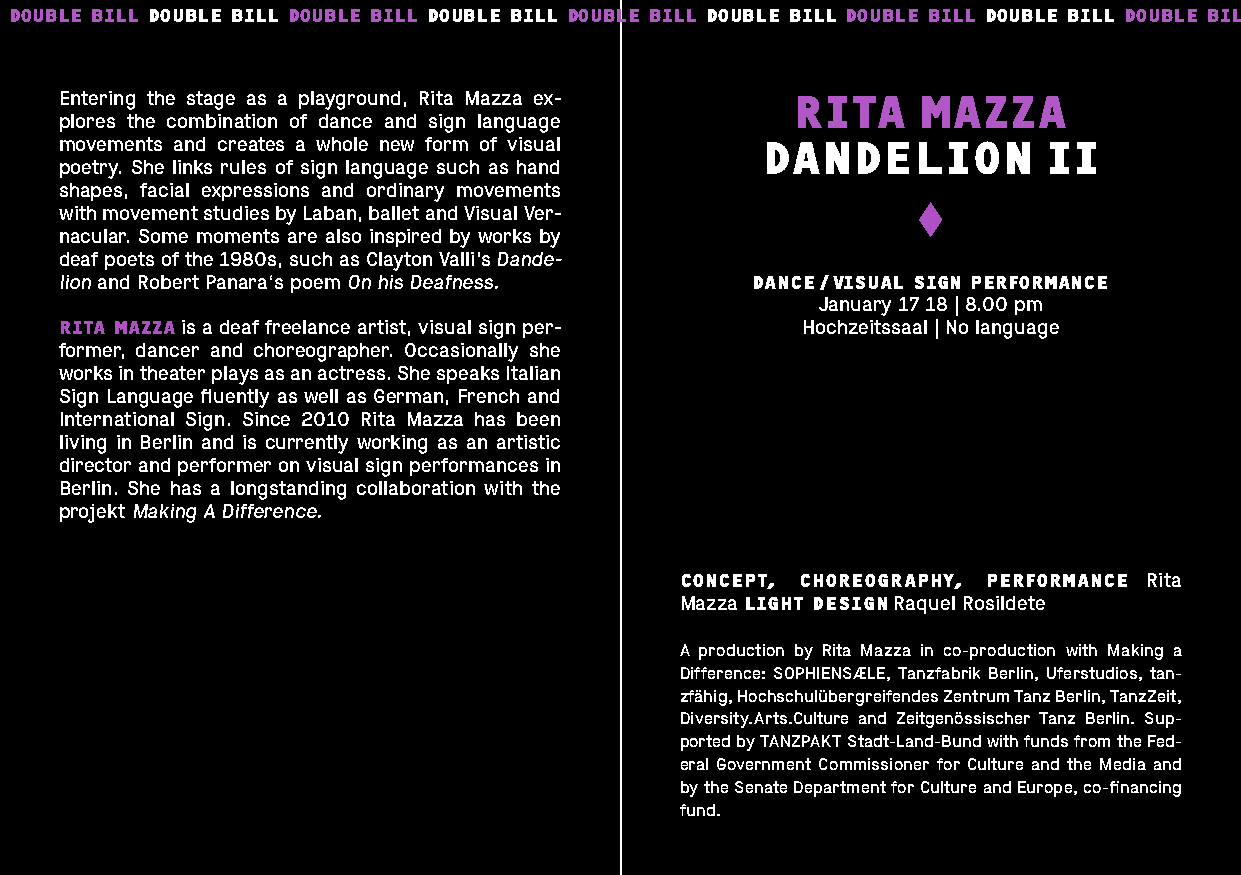
DOUBLE BILL DOUBLE BILL DOUBLE BILL DOUBLE BILL DOUBLE BILL DOUBLE BILL DOUBLE BILL DOUBLE BILL DOUBLE BIL
 Entering the stage as a playground, Rita Mazza ex- RITA  MAZZA
 plores the combination of dance and sign language
 movements and creates a whole new form of visual DANDELION       II
 poetry. She links rules of sign language such as hand
 shapes, facial expressions and ordinary movements
 with movement studies by Laban, ballet and Visual Ver-
 nacular. Some moments are also inspired by works by
 deaf poets of the 1980s, such as Clayton Valli’s Dande-
 lion and Robert Panara‘s poem On his Deafness. DANCE / VISUAL SIGN PERFORMANCE
 January 17 18 | 8.00 pm
 RITA MAZZA is a deaf freelance artist, visual sign per- Hochzeitssaal | No language
 former, dancer and choreographer. Occasionally she
 works in theater plays as an actress. She speaks Italian
 Sign Language fluently as well as German, French and
 International Sign. Since 2010 Rita Mazza has been
 living in Berlin and is currently working as an artistic
 director and performer on visual sign performances in
 Berlin. She has a longstanding collaboration with the
 projekt Making A Difference.
 CONCEPT, CHOREOGRAPHY, PERFORMANCE Rita
 Mazza LIGHT DESIGN Raquel Rosildete
 A production by Rita Mazza in co-production with Making a
 Difference: SOPHIENSÆLE, Tanzfabrik Berlin, Uferstudios, tan-
 zfähig, Hochschulübergreifendes Zentrum Tanz Berlin, TanzZeit,
 Diversity.Arts.Culture and Zeitgenössischer Tanz Berlin. Sup-
 ported by TANZPAKT Stadt-Land-Bund with funds from the Fed-
 eral Government Commissioner for Culture and the Media and
 by the Senate Department for Culture and Europe, co-financing
 fund.